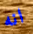
انه